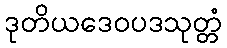
ဒုတိယဒေဝပဒသုတ္တံ